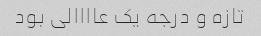
تازه و درجه یک عاااالی بود